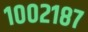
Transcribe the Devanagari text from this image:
१००२१८७